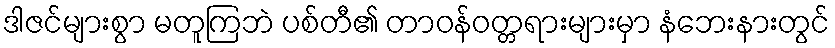
ဒါဇင်များစွာ မတူကြဘဲ ပစ်တီ၏ တာဝန်ဝတ္တရားများမှာ နံဘေးနားတွင်